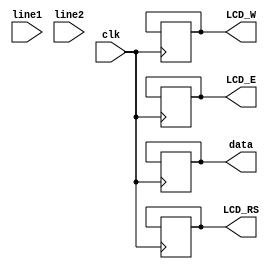
`timescale 1ns / 1ps
module LCD_driver(clk,line1,line2,LCD_RS,LCD_E,LCD_W,data);
input clk;
input [0:127] line1,line2;
output reg LCD_RS,LCD_E,LCD_W;
output reg [3:0] data;
reg counter,state_counter;
initial begin
	counter<=0;
	state_counter<=0;
end
always@(posedge clk) begin
	if(counter!=1000000) begin
		counter<=counter+1;
	end
	else begin
		if(state_counter==0) begin
			LCD_E<=0;        //initialization
			LCD_RS<=0;
			LCD_W<=0;
			data<=4'b0011;
			LCD_E<=1;
			LCD_E<=0;
			LCD_RS<=0;
			LCD_W<=0;
			data<=4'b0010;
			LCD_E<=1;
			
			LCD_E<=0;        //config. step 1
			LCD_RS<=0;
			LCD_W<=0;
			data<=4'b0010;
			LCD_E<=1;
			LCD_E<=0;
			LCD_RS<=0;
			LCD_W<=0;
			data<=4'b1000;
			LCD_E<=1;
			
			LCD_E<=0;        //config. step 2
			LCD_RS<=0;
			LCD_W<=0;
			data<=4'b0000;
			LCD_E<=1;
			LCD_E<=0;
			LCD_RS<=0;
			LCD_W<=0;
			data<=4'b0100;
			LCD_E<=1;
			
			LCD_E<=0;        //config. step 3
			LCD_RS<=0;
			LCD_W<=0;
			data<=4'b0000;
			LCD_E<=1;
			LCD_E<=0;
			LCD_RS<=0;
			LCD_W<=0;
			data<=4'b1100;
			LCD_E<=1;
			
			LCD_E<=0;        //config. step 4
			LCD_RS<=0;
			LCD_W<=0;
			data<=4'b0000;
			LCD_E<=1;
			LCD_E<=0;
			LCD_RS<=0;
			LCD_W<=0;
			data<=4'b0001;
			LCD_E<=1;
			
			state_counter<=state_counter+1;
		end
		else if(state_counter==1) begin
			LCD_E<=0;        //set address to line 1
			LCD_RS<=0;
			LCD_W<=0;
			data<=4'b1000;
			LCD_E<=1;
			LCD_E<=0;
			LCD_RS<=0;
			LCD_W<=0;
			data<=4'b0000;
			LCD_E<=1;
			
			LCD_E<=0;        //display char 1
			LCD_RS<=1;
			LCD_W<=0;
			data[3:0]<=line1[0:3];
			LCD_E<=1;
			LCD_E<=0;
			LCD_RS<=1;
			LCD_W<=0;
			data[3:0]<=line1[4:7];
			LCD_E<=1;
			
			LCD_E<=0;        //display char 2
			LCD_RS<=1;
			LCD_W<=0;
			data[3:0]<=line1[8:11];
			LCD_E<=1;
			LCD_E<=0;
			LCD_RS<=1;
			LCD_W<=0;
			data[3:0]<=line1[12:15];
			LCD_E<=1;
			
			LCD_E<=0;        //display char 3
			LCD_RS<=1;
			LCD_W<=0;
			data[3:0]<=line1[16:19];
			LCD_E<=1;
			LCD_E<=0;
			LCD_RS<=1;
			LCD_W<=0;
			data[3:0]<=line1[20:23];
			LCD_E<=1;
			
			LCD_E<=0;        //display char 4
			LCD_RS<=1;
			LCD_W<=0;
			data[3:0]<=line1[24:27];
			LCD_E<=1;
			LCD_E<=0;
			LCD_RS<=1;
			LCD_W<=0;
			data[3:0]<=line1[28:31];
			LCD_E<=1;
			
			LCD_E<=0;        //display char 5
			LCD_RS<=1;
			LCD_W<=0;
			data[3:0]<=line1[32:35];
			LCD_E<=1;
			LCD_E<=0;
			LCD_RS<=1;
			LCD_W<=0;
			data[3:0]<=line1[36:39];
			LCD_E<=1;
			
			LCD_E<=0;        //display char 6
			LCD_RS<=1;
			LCD_W<=0;
			data[3:0]<=line1[40:43];
			LCD_E<=1;
			LCD_E<=0;
			LCD_RS<=1;
			LCD_W<=0;
			data[3:0]<=line1[44:47];
			LCD_E<=1;
			
			LCD_E<=0;        //display char 7
			LCD_RS<=1;
			LCD_W<=0;
			data[3:0]<=line1[48:51];
			LCD_E<=1;
			LCD_E<=0;
			LCD_RS<=1;
			LCD_W<=0;
			data[3:0]<=line1[52:55];
			LCD_E<=1;
			
			LCD_E<=0;        //display char 8
			LCD_RS<=1;
			LCD_W<=0;
			data[3:0]<=line1[56:59];
			LCD_E<=1;
			LCD_E<=0;
			LCD_RS<=1;
			LCD_W<=0;
			data[3:0]<=line1[60:63];
			LCD_E<=1;
			
			LCD_E<=0;        //display char 9
			LCD_RS<=1;
			LCD_W<=0;
			data[3:0]<=line1[64:67];
			LCD_E<=1;
			LCD_E<=0;
			LCD_RS<=1;
			LCD_W<=0;
			data[3:0]<=line1[68:71];
			LCD_E<=1;
			
			LCD_E<=0;        //display char 10
			LCD_RS<=1;
			LCD_W<=0;
			data[3:0]<=line1[72:75];
			LCD_E<=1;
			LCD_E<=0;
			LCD_RS<=1;
			LCD_W<=0;
			data[3:0]<=line1[76:79];
			LCD_E<=1;
			
			LCD_E<=0;        //display char 11
			LCD_RS<=1;
			LCD_W<=0;
			data[3:0]<=line1[80:83];
			LCD_E<=1;
			LCD_E<=0;
			LCD_RS<=1;
			LCD_W<=0;
			data[3:0]<=line1[84:87];
			LCD_E<=1;
			
			LCD_E<=0;        //display char 12
			LCD_RS<=1;
			LCD_W<=0;
			data[3:0]<=line1[88:91];
			LCD_E<=1;
			LCD_E<=0;
			LCD_RS<=1;
			LCD_W<=0;
			data[3:0]<=line1[92:95];
			LCD_E<=1;
			
			LCD_E<=0;        //display char 13
			LCD_RS<=1;
			LCD_W<=0;
			data[3:0]<=line1[96:99];
			LCD_E<=1;
			LCD_E<=0;
			LCD_RS<=1;
			LCD_W<=0;
			data[3:0]<=line1[100:103];
			LCD_E<=1;
			
			LCD_E<=0;        //display char 14
			LCD_RS<=1;
			LCD_W<=0;
			data[3:0]<=line1[104:107];
			LCD_E<=1;
			LCD_E<=0;
			LCD_RS<=1;
			LCD_W<=0;
			data[3:0]<=line1[108:111];
			LCD_E<=1;
			
			LCD_E<=0;        //display char 15
			LCD_RS<=1;
			LCD_W<=0;
			data[3:0]<=line1[112:115];
			LCD_E<=1;
			LCD_E<=0;
			LCD_RS<=1;
			LCD_W<=0;
			data[3:0]<=line1[116:119];
			LCD_E<=1;
			
			LCD_E<=0;        //display char 16
			LCD_RS<=1;
			LCD_W<=0;
			data[3:0]<=line1[120:123];
			LCD_E<=1;
			LCD_E<=0;
			LCD_RS<=1;
			LCD_W<=0;
			data[3:0]<=line1[123:127];
			LCD_E<=1;
			
			state_counter<=state_counter+1;
		end
		else if(state_counter==2) begin
			LCD_E<=0;        //set address to line2
			LCD_RS<=0;
			LCD_W<=0;
			data<=4'b1100;
			LCD_E<=1;
			LCD_E<=0;
			LCD_RS<=0;
			LCD_W<=0;
			data<=4'b0000;
			LCD_E<=1;
			
			state_counter<=state_counter+1;
		end
		else begin
			LCD_E<=0;        //display char 1 of line2
			LCD_RS<=1;
			LCD_W<=0;
			data[3:0]<=line2[0:3];
			LCD_E<=1;
			LCD_E<=0;
			LCD_RS<=1;
			LCD_W<=0;
			data[3:0]<=line2[4:7];
			LCD_E<=1;
			
			LCD_E<=0;        //display char 2
			LCD_RS<=1;
			LCD_W<=0;
			data[3:0]<=line2[8:11];
			LCD_E<=1;
			LCD_E<=0;
			LCD_RS<=1;
			LCD_W<=0;
			data[3:0]<=line2[12:15];
			LCD_E<=1;
			
			LCD_E<=0;        //display char 3
			LCD_RS<=1;
			LCD_W<=0;
			data[3:0]<=line2[16:19];
			LCD_E<=1;
			LCD_E<=0;
			LCD_RS<=1;
			LCD_W<=0;
			data[3:0]<=line2[20:23];
			LCD_E<=1;
			
			LCD_E<=0;        //display char 4
			LCD_RS<=1;
			LCD_W<=0;
			data[3:0]<=line2[24:27];
			LCD_E<=1;
			LCD_E<=0;
			LCD_RS<=1;
			LCD_W<=0;
			data[3:0]<=line2[28:31];
			LCD_E<=1;
			
			LCD_E<=0;        //display char 5
			LCD_RS<=1;
			LCD_W<=0;
			data[3:0]<=line2[32:35];
			LCD_E<=1;
			LCD_E<=0;
			LCD_RS<=1;
			LCD_W<=0;
			data[3:0]<=line2[36:39];
			LCD_E<=1;
			
			LCD_E<=0;        //display char 6
			LCD_RS<=1;
			LCD_W<=0;
			data[3:0]<=line2[40:43];
			LCD_E<=1;
			LCD_E<=0;
			LCD_RS<=1;
			LCD_W<=0;
			data[3:0]<=line2[44:47];
			LCD_E<=1;
			
			LCD_E<=0;        //display char 7
			LCD_RS<=1;
			LCD_W<=0;
			data[3:0]<=line2[48:51];
			LCD_E<=1;
			LCD_E<=0;
			LCD_RS<=1;
			LCD_W<=0;
			data[3:0]<=line2[52:55];
			LCD_E<=1;
			
			LCD_E<=0;        //display char 8
			LCD_RS<=1;
			LCD_W<=0;
			data[3:0]<=line2[56:59];
			LCD_E<=1;
			LCD_E<=0;
			LCD_RS<=1;
			LCD_W<=0;
			data[3:0]<=line2[60:63];
			LCD_E<=1;
			
			LCD_E<=0;        //display char 9
			LCD_RS<=1;
			LCD_W<=0;
			data[3:0]<=line2[64:67];
			LCD_E<=1;
			LCD_E<=0;
			LCD_RS<=1;
			LCD_W<=0;
			data[3:0]<=line2[68:71];
			LCD_E<=1;
			
			LCD_E<=0;        //display char 10
			LCD_RS<=1;
			LCD_W<=0;
			data[3:0]<=line2[72:75];
			LCD_E<=1;
			LCD_E<=0;
			LCD_RS<=1;
			LCD_W<=0;
			data[3:0]<=line2[76:79];
			LCD_E<=1;
			
			LCD_E<=0;        //display char 11
			LCD_RS<=1;
			LCD_W<=0;
			data[3:0]<=line2[80:83];
			LCD_E<=1;
			LCD_E<=0;
			LCD_RS<=1;
			LCD_W<=0;
			data[3:0]<=line2[84:87];
			LCD_E<=1;
			
			LCD_E<=0;        //display char 12
			LCD_RS<=1;
			LCD_W<=0;
			data[3:0]<=line2[88:91];
			LCD_E<=1;
			LCD_E<=0;
			LCD_RS<=1;
			LCD_W<=0;
			data[3:0]<=line2[92:95];
			LCD_E<=1;
			
			LCD_E<=0;        //display char 13
			LCD_RS<=1;
			LCD_W<=0;
			data[3:0]<=line2[96:99];
			LCD_E<=1;
			LCD_E<=0;
			LCD_RS<=1;
			LCD_W<=0;
			data[3:0]<=line2[100:103];
			LCD_E<=1;
			
			LCD_E<=0;        //display char 14
			LCD_RS<=1;
			LCD_W<=0;
			data[3:0]<=line2[104:107];
			LCD_E<=1;
			LCD_E<=0;
			LCD_RS<=1;
			LCD_W<=0;
			data[3:0]<=line2[108:111];
			LCD_E<=1;
			
			LCD_E<=0;        //display char 15
			LCD_RS<=1;
			LCD_W<=0;
			data[3:0]<=line2[112:115];
			LCD_E<=1;
			LCD_E<=0;
			LCD_RS<=1;
			LCD_W<=0;
			data[3:0]<=line2[116:119];
			LCD_E<=1;
			
			LCD_E<=0;        //display char 16
			LCD_RS<=1;
			LCD_W<=0;
			data[3:0]<=line2[120:123];
			LCD_E<=1;
			LCD_E<=0;
			LCD_RS<=1;
			LCD_W<=0;
			data[3:0]<=line2[123:127];
			LCD_E<=1;
			
			state_counter<=0;
		end
		counter<=0;
	end
end
endmodule